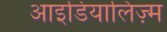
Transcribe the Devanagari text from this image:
आइडियालिज़्म